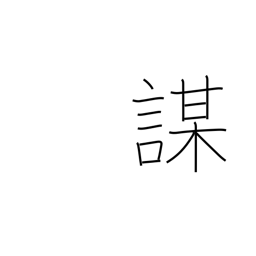
Meaning: cheat